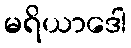
မရိယာဒေါ